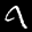
Label: 9